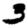
Digit: 3